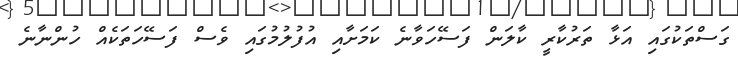
ގަސްތަކުގައި އަޅާ ތަރުކާރީ ކާލަން ފަސޭހަވާނެ ކަމަށާއި އުފުލުމުގައި ވެސް ފަސޭހަތަކެއް ހުންނާނެ